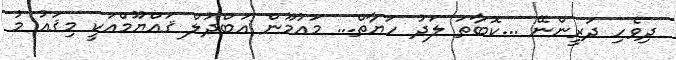
ދިވެހި ދަރީންނޭ ...ކޮބާތަ ލަދު ހަޔާތް... މައުމޫން އަބްދުލް ޤައްޔޫމްއަކީ މިޤައު މު